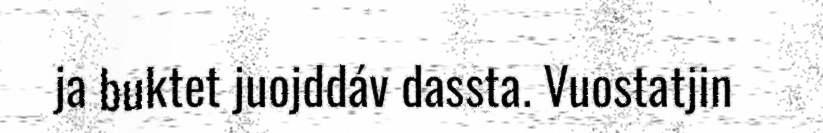
ja buktet juojddáv dassta. Vuostatjin